Civil Veterinary Department. Madras. Admin. report 1926-33 - 1926-1933
Year: 1926
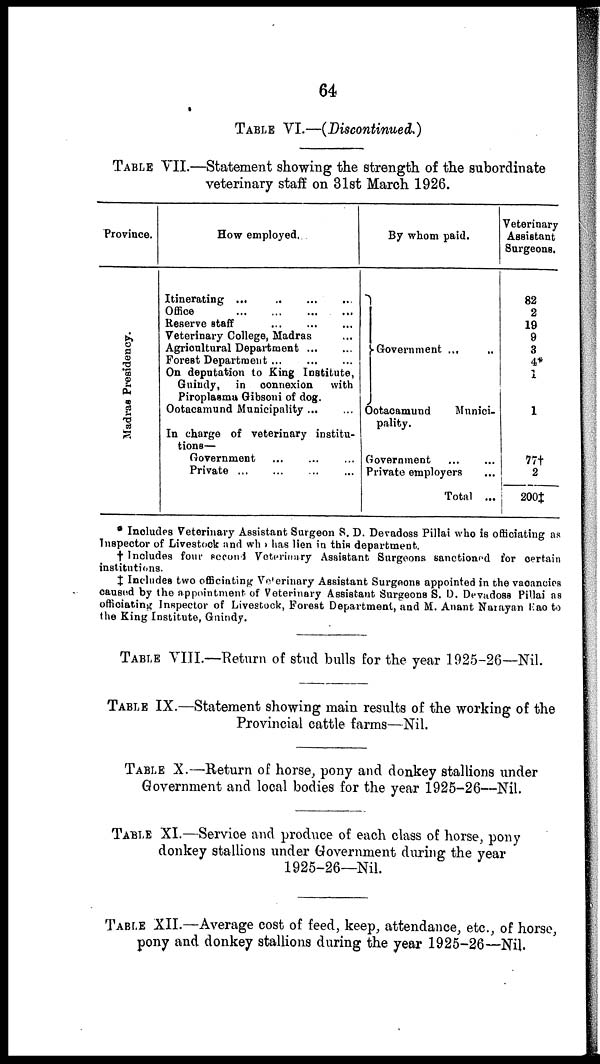
64
TABLE VI.—(Discontinued.)
TABLE VII.—Statement showing the strength of the subordinate
veterinary staff on 31st March 1926.
Province.
Madras Presidency.
How employed.
Itinerating ... ... ... ...
Office
...
...
...
...
Reserve staff
...
...
...
Veterinary College, Madras
Agricultural Department ... ...
Forest Department
...
...
...
On deputation to King Institute,
Guindy, in connexion with
Piroplasma Gibsoni of dog.
Ootacamund Municipality ... ...
In charge of veterinary institu-
tions—
Government
...
...
...
Private
...
...
...
...
By whom paid.
Government ... ..
Ootacamund
Munici-
pality.
Government
...
...
Private employers ...
Total ...
Veterinary
Assistant
Surgeons.
82
2
19
9
3
4*
1
1
77† 2
200‡
* Includes Veterinary Assistant Surgeon S. D. Devadoss Pillai who is officiating as
Inspector of Livestock and who has lien in this department.
† Includes four second Veterinary Assistant Surgeons sanctioned for certain
institutions.
‡ Includes two officiating Veterinary Assistant Surgeons appointed in the vacancies
caused by the appointment of Veterinary Assistant Surgeons S. D. Devadoss Pillai as
officiating Inspector of Livestock, Forest Department, and M. Anant Narayan Eao to
the King Institute, Guindy.
TABLE VIII.—Return of stud bulls for the year 1925-26—Nil.
TABLE IX.—Statement showing main results of the working of the
Provincial cattle farms—Nil.
TABLE X.—Return of horse, pony and donkey stallions under
Government and local bodies for the year 1925-26—Nil.
TABLE XI.—Service and produce of each class of horse, pony
donkey stallions under Government during the year
1925-26—Nil.
TABLE XII.—Average cost of feed, keep, attendance, etc., of horse,
pony and donkey stallions during the year 1925-26—Nil.